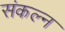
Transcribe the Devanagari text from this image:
संकल्न